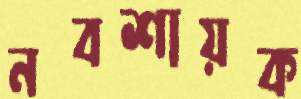
নবশায়ক